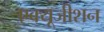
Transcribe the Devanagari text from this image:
एक्यूजीशन